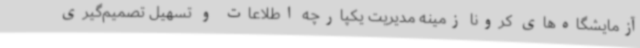
آزمایشگاه‌های کرونا زمینه مدیریت یکپارچه اطلاعات و تسهیل تصمیم‌گیری